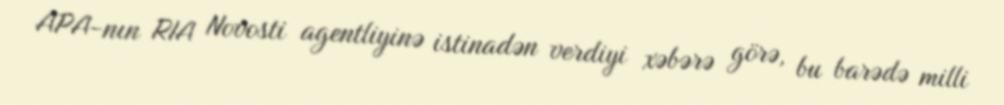
APA-nın RIA Novosti agentliyinə istinadən verdiyi xəbərə görə, bu barədə milli